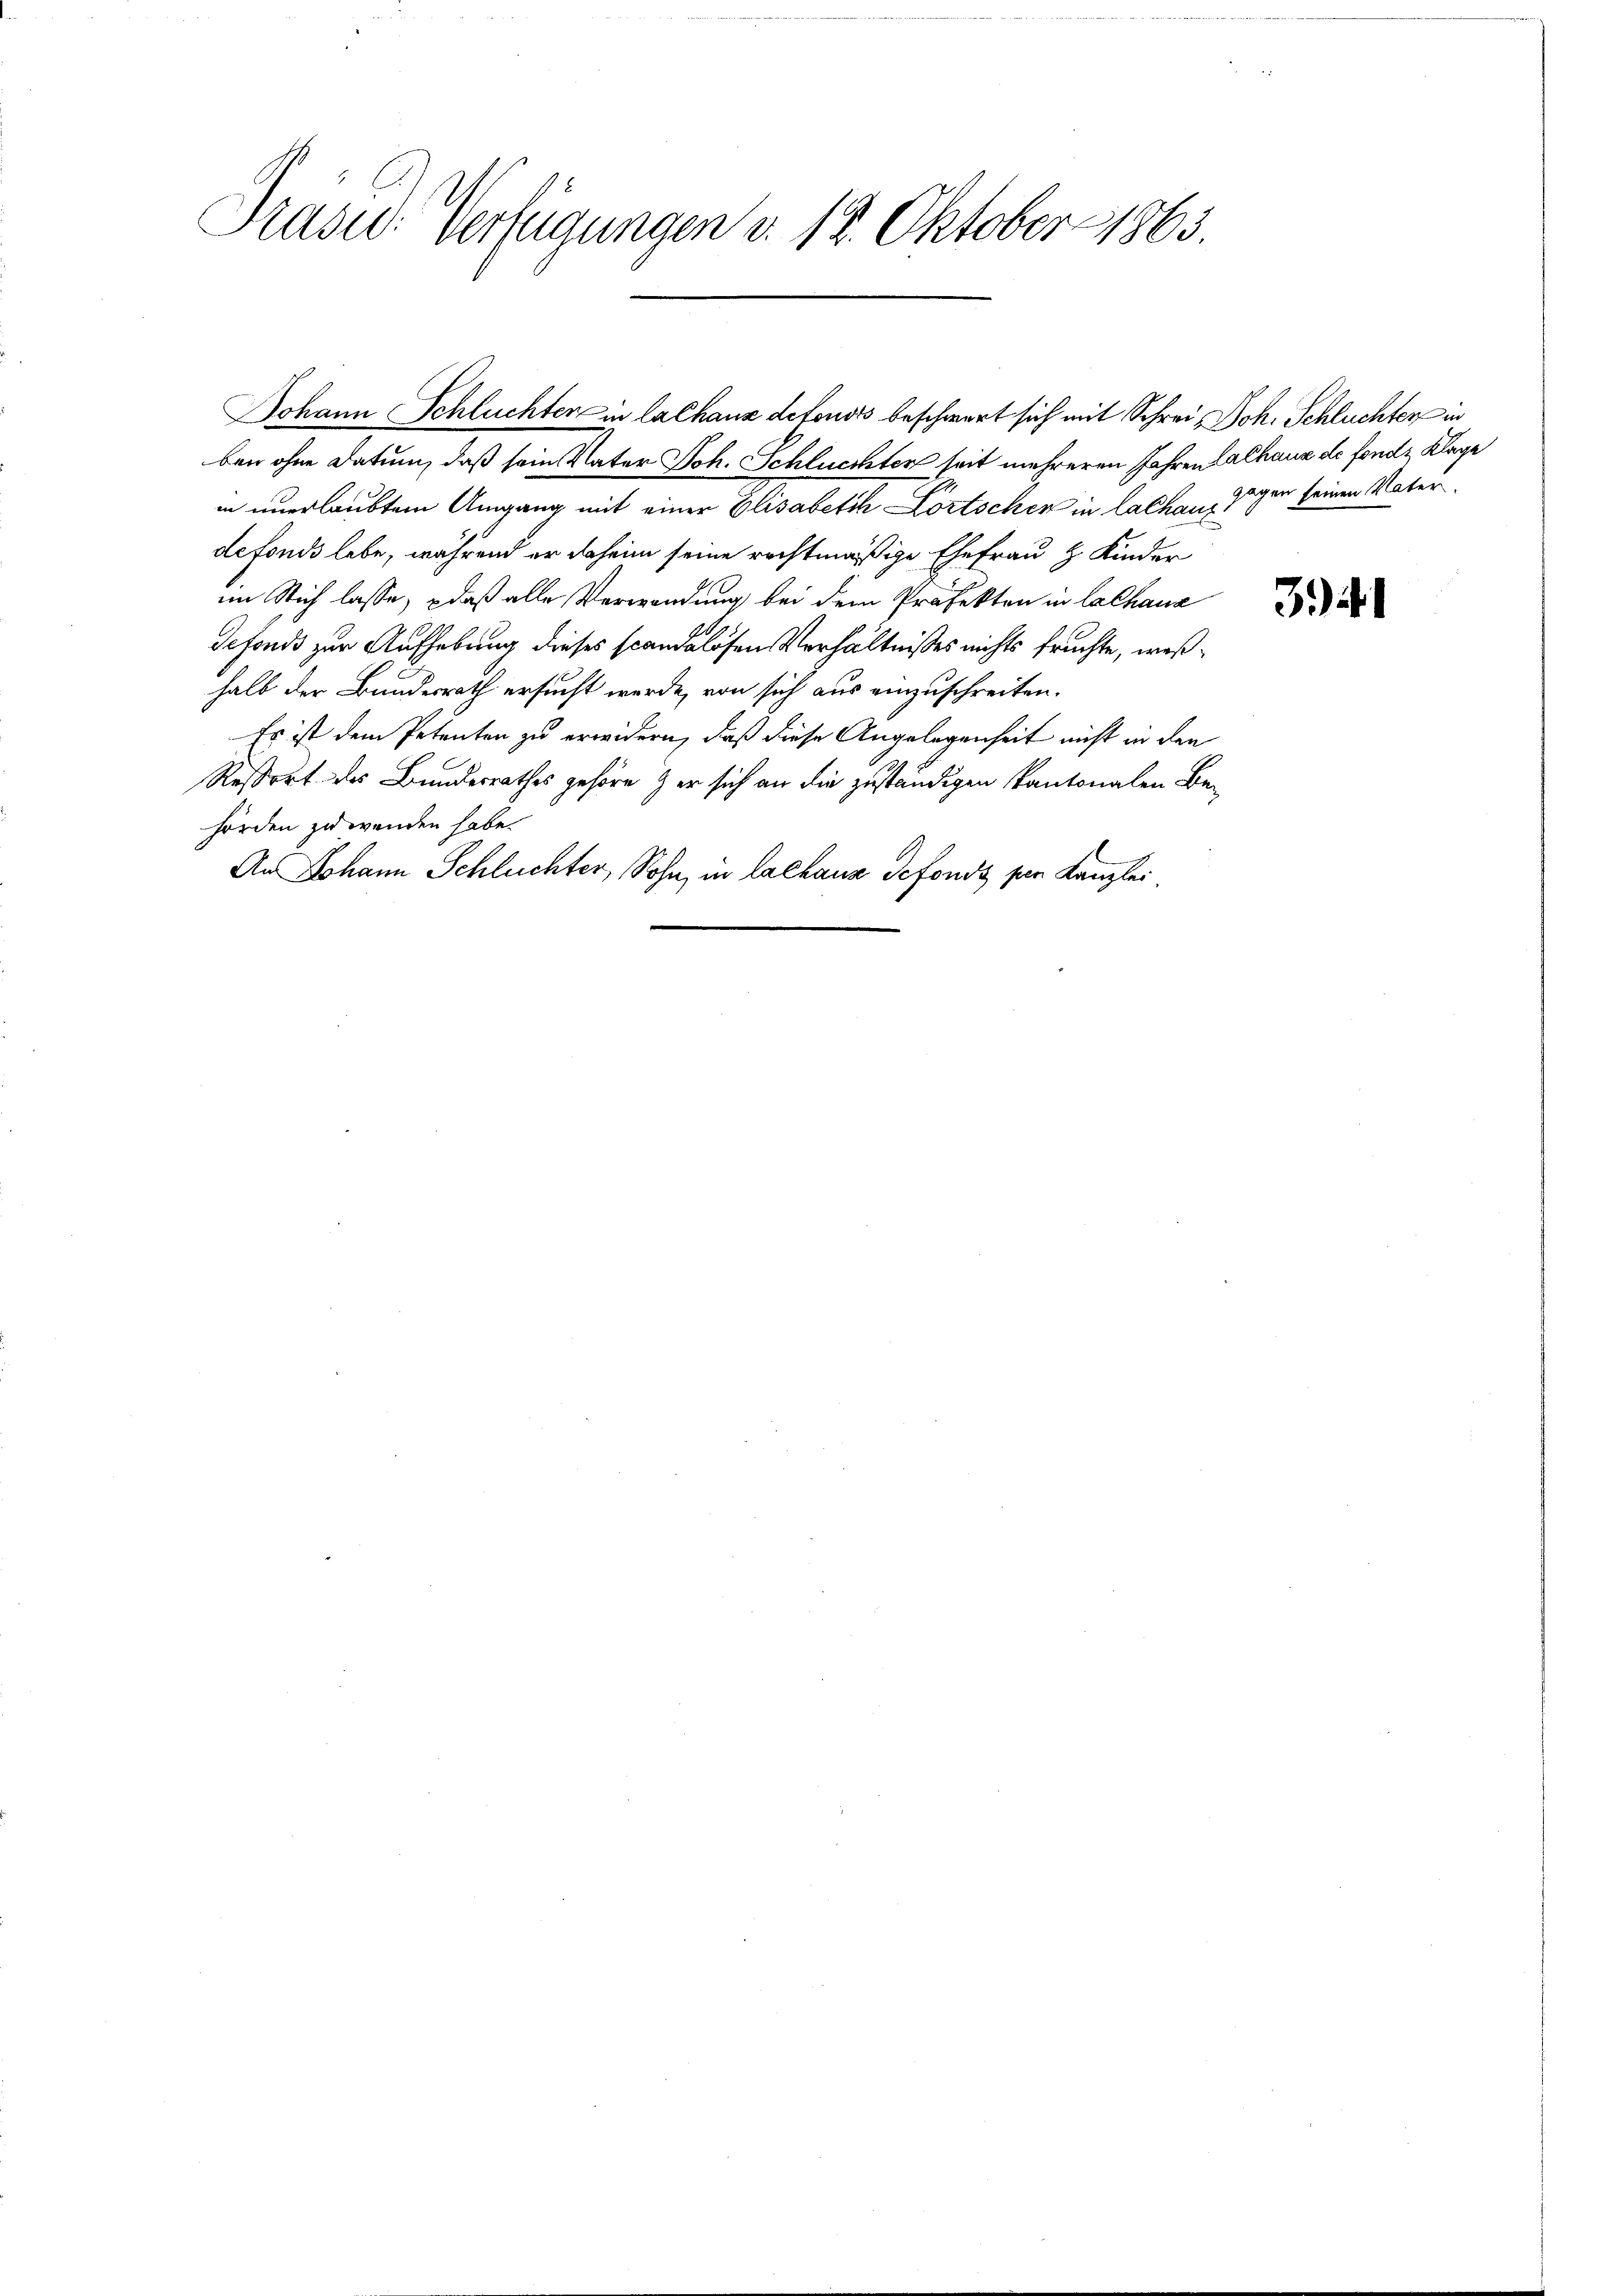
Präsid.- Verfügungen v. 12. Oktober 1863.

ben ohne Datum, daß sein Vater Joh. Schluchter seit mehreren Jahren Calhaus de fonds Klage
in unerlaubtem Umgang mit einer Elisabeth Lortschen in lachen, sogen seinen Vater
defonds lebe, während er daheim seine rechtmäßige Ehefrau & Kinder
im Sich lasse, daß alle Verwendung bei dem Präfekten in Lalhaus
defonds zur Aufhebung dieses scandalösen Verhältnisses nichts fruchte, weßhalb der Bundesrath ersucht werde, von sich aus einzuschreiten.
Er ist dem Petenten zu erwidern, daß diese Angelegenheit nicht in den
Ressort des Bundesrathes gehöre er sich an die zuständigen kantonalen Behörden zu wenden habe.
An Johann Schluchter, Sohn, in lachaus defonds per Kanzlei

Johann Schluchten in lalhaus defonds beschwert sich mit Schrei, Joh. Schluchter in

34